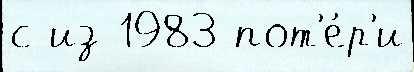
с из 1983 пот'е́р'и